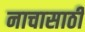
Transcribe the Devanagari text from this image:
नाचासाठी